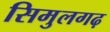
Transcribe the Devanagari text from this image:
सिमुलगढ़